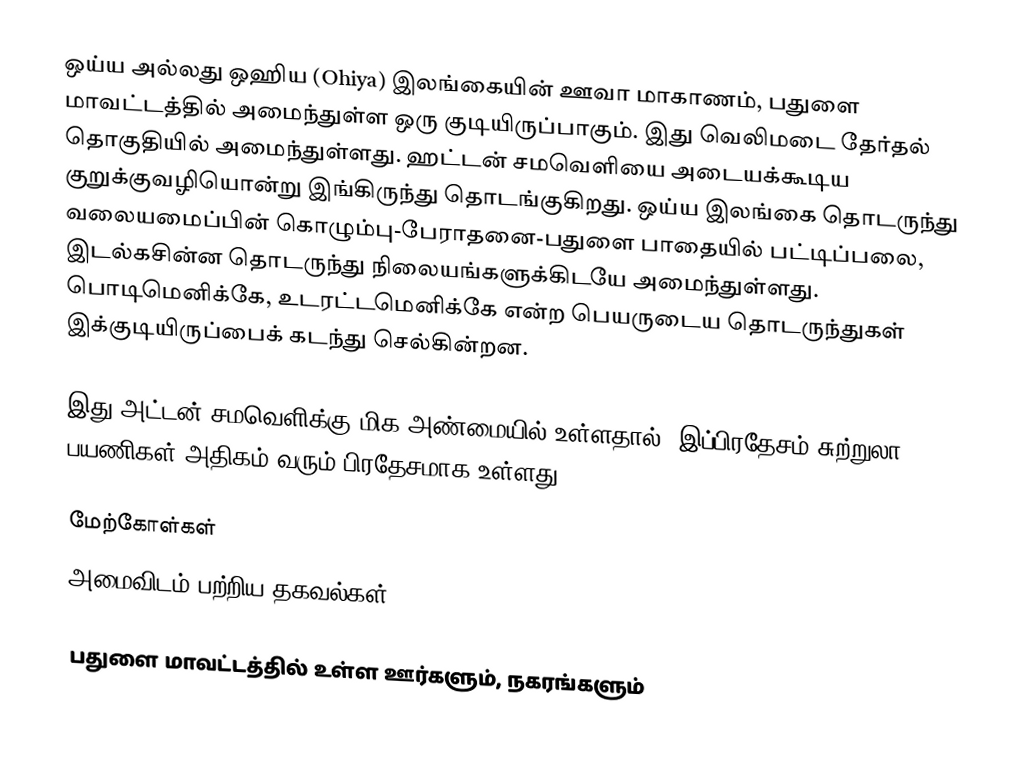
ஒய்ய அல்லது ஒஹிய (Ohiya) இலங்கையின்  ஊவா மாகாணம், பதுளை மாவட்டத்தில் அமைந்துள்ள ஒரு குடியிருப்பாகும். இது வெலிமடை தேர்தல் தொகுதியில் அமைந்துள்ளது. ஹட்டன் சமவெளியை அடையக்கூடிய குறுக்குவழியொன்று இங்கிருந்து தொடங்குகிறது. ஒய்ய இலங்கை தொடருந்து வலையமைப்பின் கொழும்பு-பேராதனை-பதுளை பாதையில் பட்டிப்பலை, இடல்கசின்ன தொடருந்து நிலையங்களுக்கிடயே அமைந்துள்ளது. பொடிமெனிக்கே, உடரட்டமெனிக்கே என்ற பெயருடைய தொடருந்துகள் இக்குடியிருப்பைக் கடந்து செல்கின்றன.

இது அட்டன் சமவெளிக்கு மிக அண்மையில் உள்ளதால். இப்பிரதேசம் சுற்றுலா பயணிகள் அதிகம் வரும் பிரதேசமாக உள்ளது.

மேற்கோள்கள்
அமைவிடம் பற்றிய தகவல்கள்

பதுளை மாவட்டத்தில் உள்ள ஊர்களும், நகரங்களும்